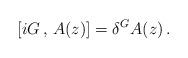
LaTeX: \begin{align*}\left[ i G \, , \, A(z) \right] = \delta^G A(z) \, .\end{align*}